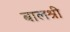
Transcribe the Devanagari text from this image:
बालश्री